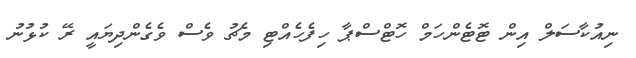
ނިއުކާސަލް އިން ޓޮޓެންހަމް ހޮޓްސްޕާ ހިފެހެއްޓި މެޗު ވެސް ވެގެންދިޔައީ ރޭ ކުޅުނު